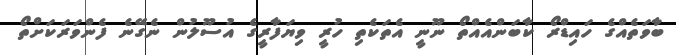
ބާވަތެއްގެ ހައިޑްރޯ ކާބަންއެއްތޯ ނޫނީ އެތަކެތި ހުރީ ވިޔަފާރީގެ އުސޫލުން ނެގޭނެ ފެންވަރަކަށްތޯ